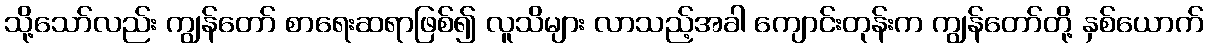
သို့သော်လည်း ကျွန်တော် စာရေးဆရာဖြစ်၍ လူသိများ လာသည့်အခါ ကျောင်းတုန်းက ကျွန်တော်တို့ နှစ်ယောက်